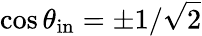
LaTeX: \cos\theta_{\mathrm{in}}=\pm 1/\sqrt{2}